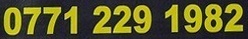
0771 229 1982